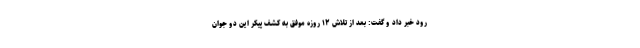
رود خبر داد و گفت: بعد از تلاش ۱۲ روزه موفق به کشف پیکر این دو جوان